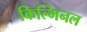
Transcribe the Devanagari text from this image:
किल्मिनल